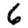
Digit: 6